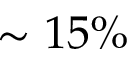
\sim 1 5 \%